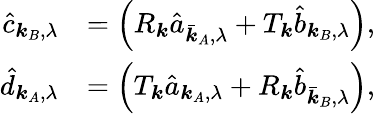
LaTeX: \begin{array}{rl}{\hat{c}_{\boldsymbol{k}_{B},\lambda}}&{=\left(R_{\boldsymbol{k}}\hat{a}_{\bar{\boldsymbol{k}}_{A},\lambda}+T_{\boldsymbol{k}}\hat{b}_{\boldsymbol{k}_{B},\lambda}\right),}\\ {\hat{d}_{\boldsymbol{k}_{A},\lambda}}&{=\left(T_{\boldsymbol{k}}\hat{a}_{\boldsymbol{k}_{A},\lambda}+R_{\boldsymbol{k}}\hat{b}_{\bar{\boldsymbol{k}}_{B},\lambda}\right),}\end{array}